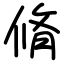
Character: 脩